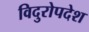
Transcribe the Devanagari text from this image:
विदुरोपदेश